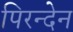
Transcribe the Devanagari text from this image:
पिरन्देन